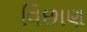
વિછાણ